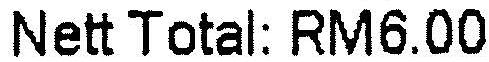
NETT TOTAL: RM6.00